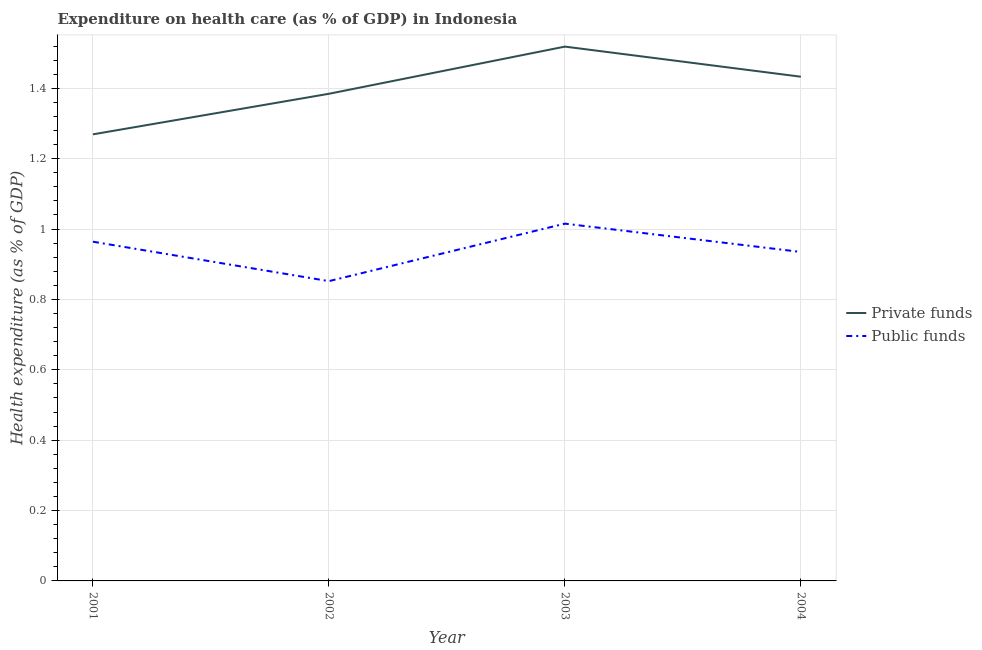
| Year | Private funds | Public funds |
 | --- | --- | --- |
 | 2001 | 1.27 | 0.964 |
 | 2002 | 1.38 | 0.852 |
 | 2003 | 1.52 | 1.02 |
 | 2004 | 1.43 | 0.935 |